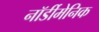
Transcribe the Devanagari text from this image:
नॉर्डीमेनिक